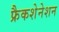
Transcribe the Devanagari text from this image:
फ्रैकशेनेशन